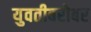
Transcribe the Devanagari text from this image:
युवतीबरोबर